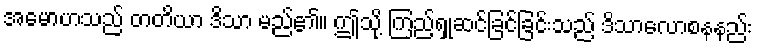
အမောဟသည် တတိယာ ဒိသာ မည်၏။ ဤသို့ ကြည့်ရှုဆင်ခြင်ခြင်းသည် ဒိသာလောစနနည်း